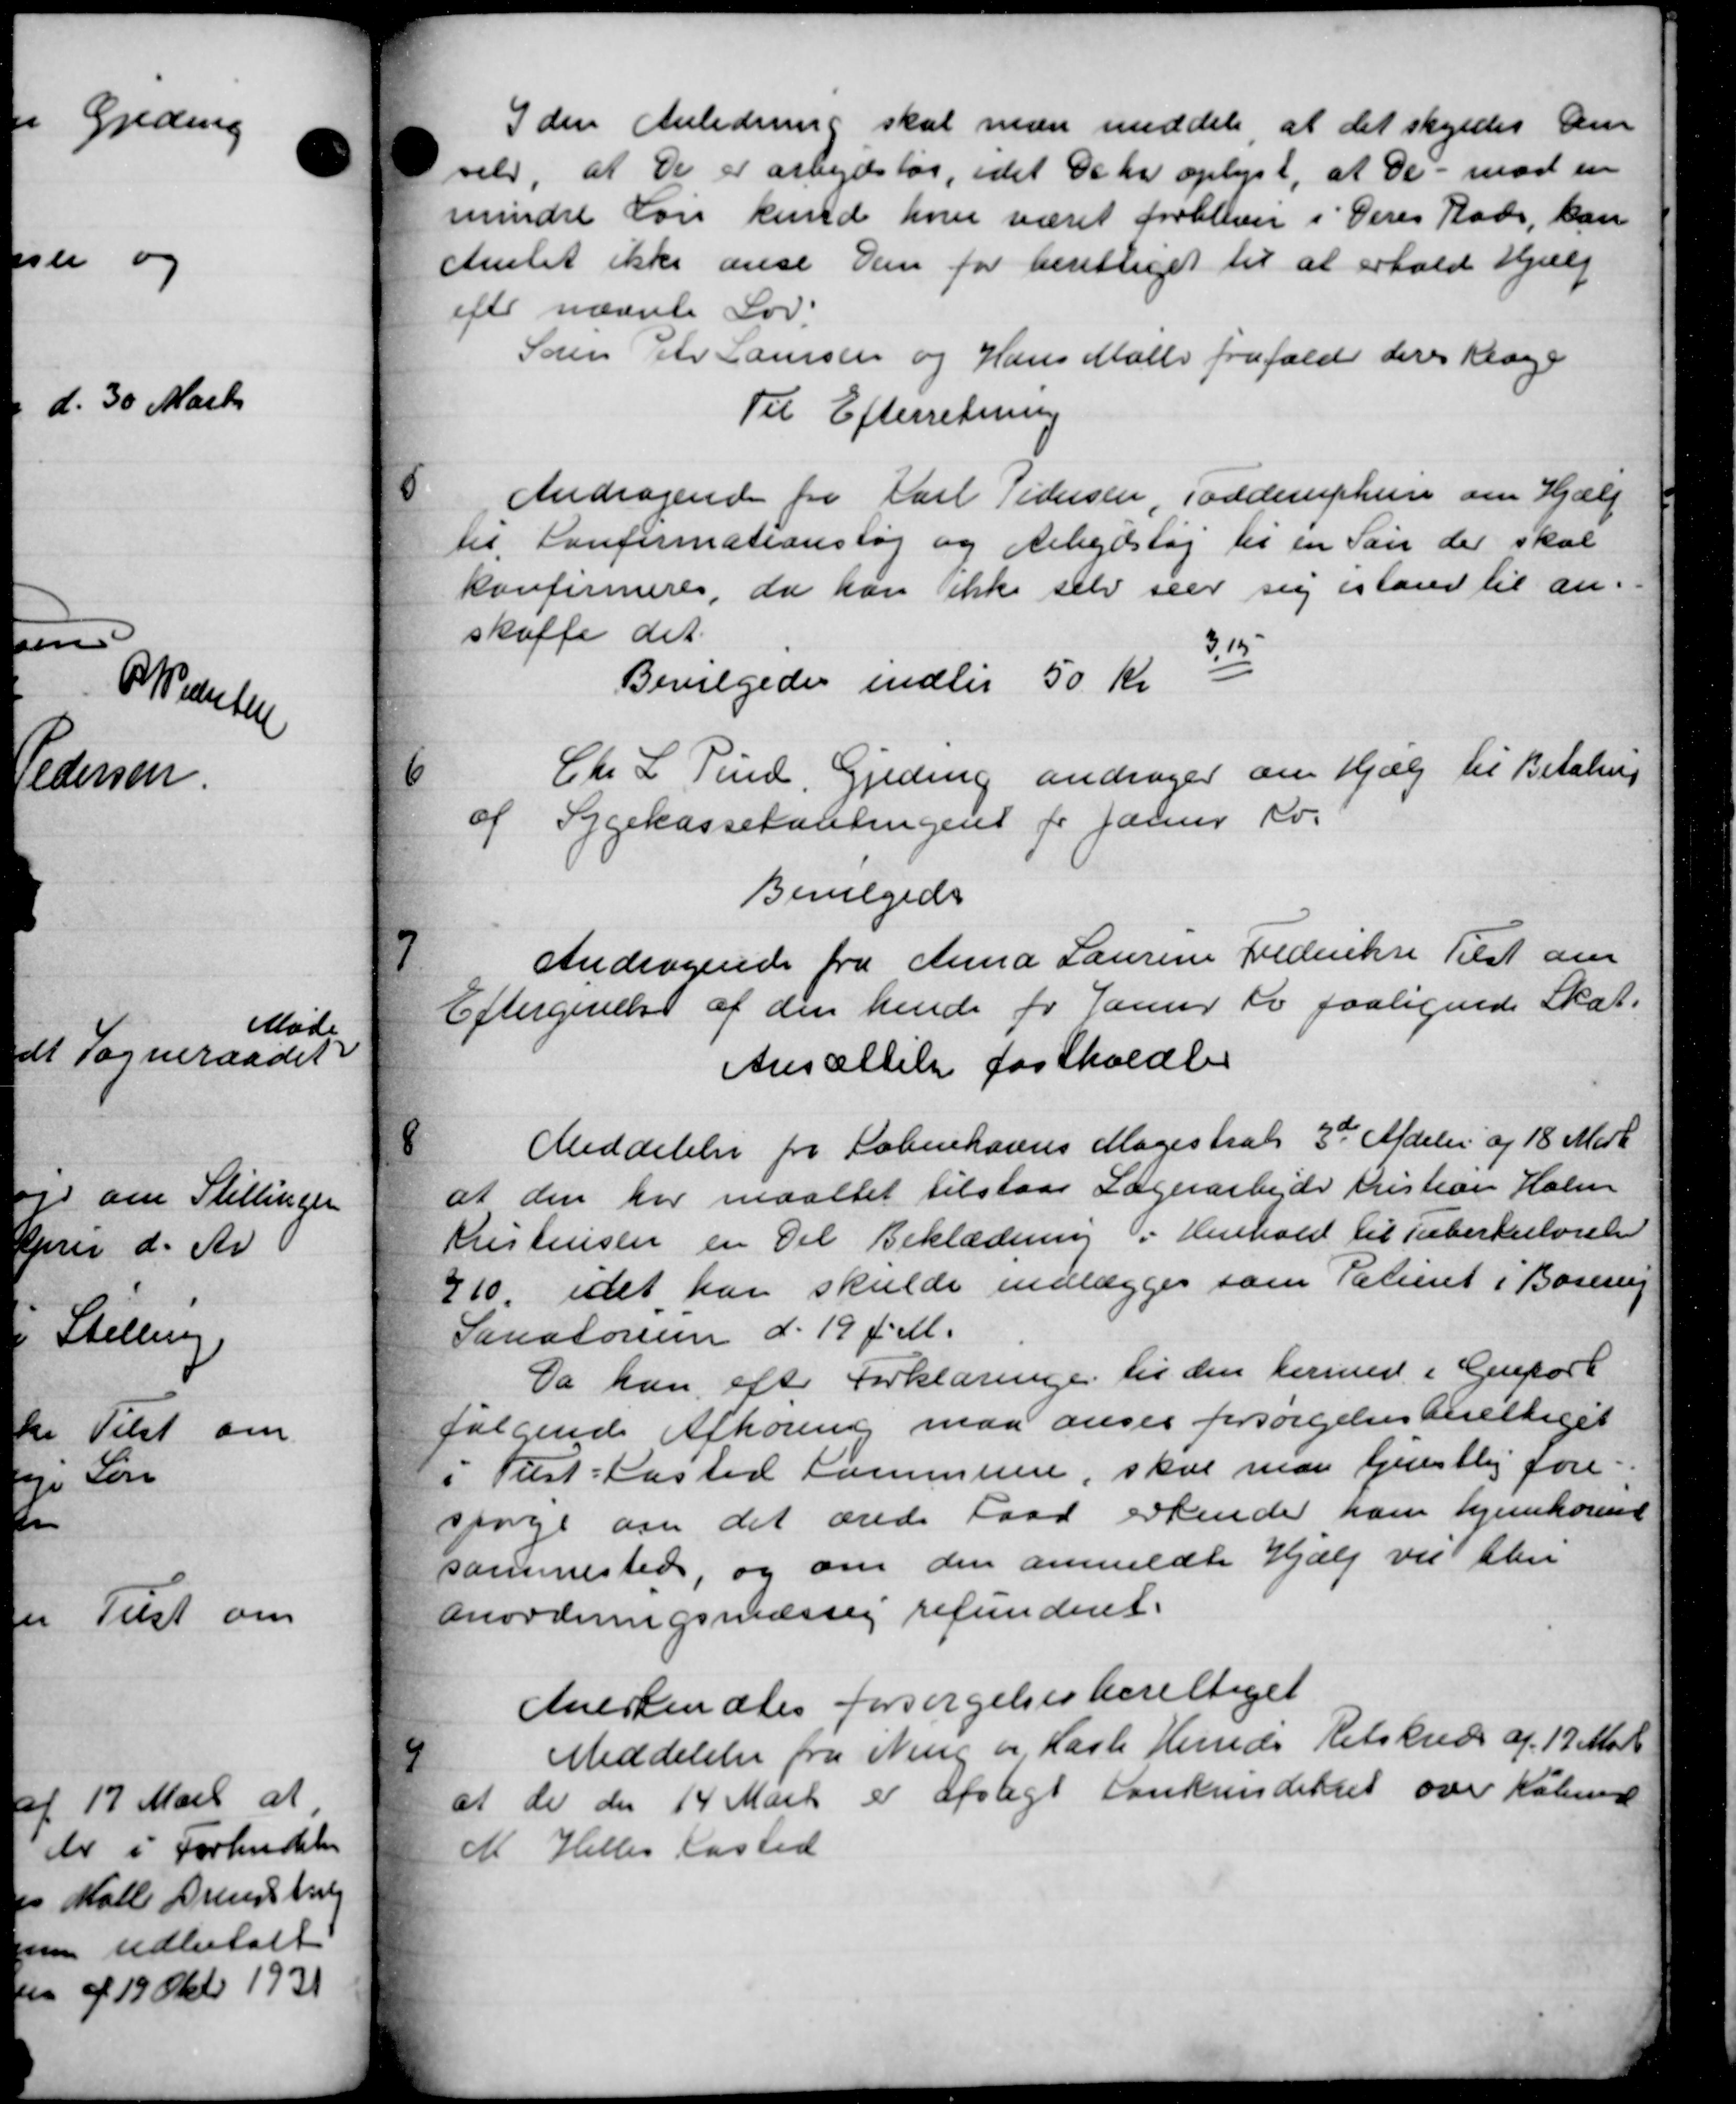
Transskription:
I den Anledning skal man meddele at det skyldes den
selv, at De er arbejdsløs, idet De her oplyst, at de - mod en
mindre Løn kunde hver været forbliver i Deres Rads, kan
Amtet ikke anse Dem for berettiget til at erhold Hjælp
efter nævnte Lov.
Søren Chr Laursen og Hans Malle frafald deres Klage
Til Efterretning
5
Andragende fra Karl Pedersen, Todderuphun om Hjælp
til Konfirmationstøj og Arbejdstøj til en Søn der skal
konfirmeres, da kan ikke selv seer sig istand til an-
skaffe det
313
Bevilgedes indtil 50 Kr
6
Chr. L. Pind, Gjeding andrager om Hjælp til Betaling
af Sygekassetantingent for Janur Kv.
Bevilgedes
7
Andragende fra Anna Laurine Frederiksen Tilst om
Eftergivelse af den hende for Janur Kr faaligede Skat.
Ansættelse fastholdtes
8
Meddelelse fra Københavns Magistrats 3de Afdeler af 18 Mar
at den har maattet tilstaar Lægerarbejde Kristian Holm
Kristensen en Del Beklædning i Henhold til Tuberkulosel
710, idet har skulde indlægges som Patient i Boserup
Sanatorien d. 19 f. M.
Da kan efter Forklaringe til den hermed i Genport
følgende Afhøring maa anses forsørgelsesberettiget
i Tulst-Kasted Kommune, skal man tjenstlig fore-
spørge om det ærede Faad erkende ham hjemkomst
sammested, og om den anmeldte Hjælp vil blev
Anordningsmæssig refunderet.
Anerkendtes forsørgelsesberettiget
9
Meddelelse fra Ning og Hasle Herreds Retskreds af 17 Mart
at de den 14 Marts er afslagt Cankunderset over Kalund
M. Helles Kasted